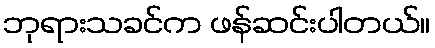
ဘုရားသခင်က ဖန်ဆင်းပါတယ်။